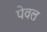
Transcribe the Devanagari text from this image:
पेवल